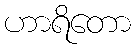
ဟာရိတော